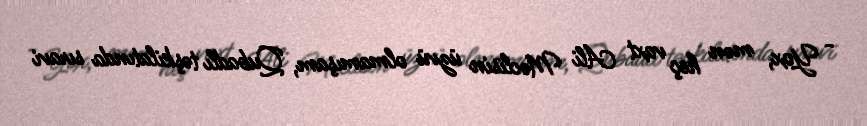
- Yox, mən heç vaxt Ali Məclisin üzvü olmamışam, Qubadlı təşkilatında sıravi